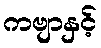
ကဗျာနှင့်